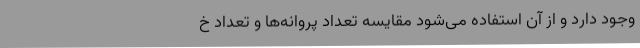
وجود دارد و از آن استفاده می‌شود مقایسه تعداد پروانه‌ها و تعداد خ